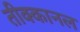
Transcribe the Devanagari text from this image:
तीक्कानल